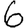
Digit: 6